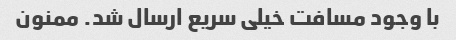
با وجود مسافت خیلی سریع ارسال شد. ممنون